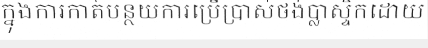
ក្នុងការកាត់បន្ថយការប្រើប្រាស់ថង់ប្លាស្ទិកដោយ